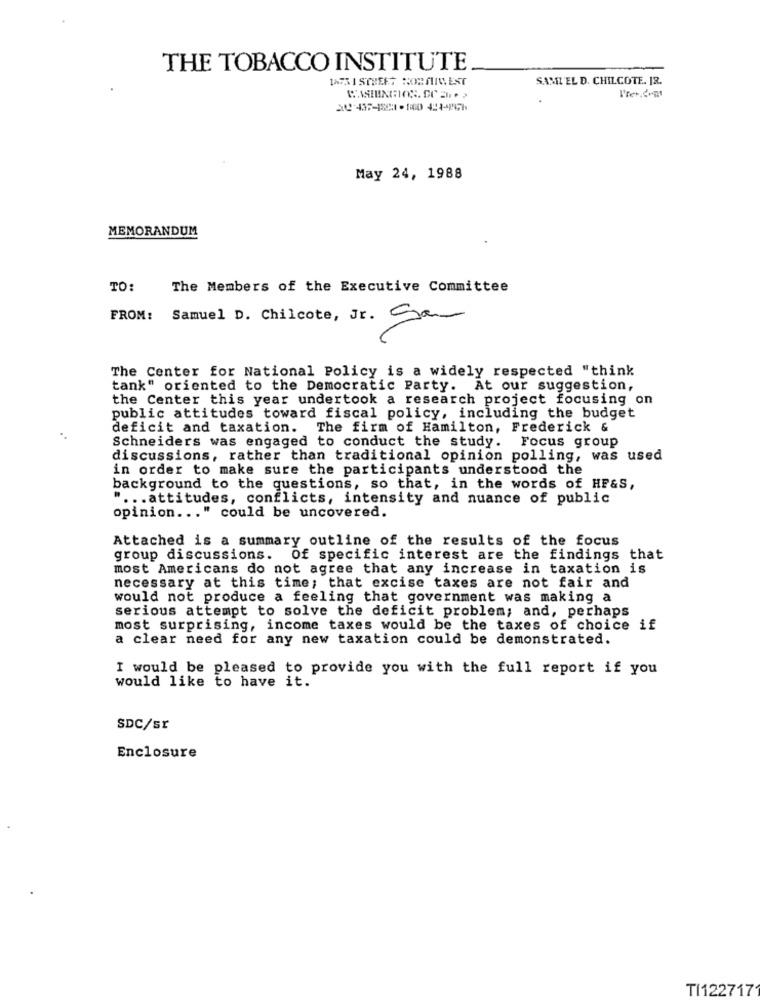
THE TOBACCO INSTITUTE
1275 1 STREET NORMAWEST
SAMI EL D. CHILCOTE. JR.
May 24, 1988
MEMORANDUM
TO:
The Members of the Executive Committee
FROM: Samuel D. Chilcote, Jr. Sa-
The Center for National Policy is a widely respected "think
tank" oriented to the Democratic Party. At our suggestion,
the Center this year undertook a research project focusing on
public attitudes toward fiscal policy, including the budget
deficit and taxation. The firm of Hamilton, Frederick &
Schneiders was engaged to conduct the study. Focus group
discussions, rather than traditional opinion polling, was used
in order to make sure the participants understood the
background to the questions, so that, in the words of HF&S,
" ... attitudes, conflicts, intensity and nuance of public
opinion ... " could be uncovered.
Attached is a summary outline of the results of the focus
group discussions.
Of specific interest are the findings that
most Americans do not agree that any increase in taxation is
necessary at this time; that excise taxes are not fair and
would not produce a feeling that government was making a
serious attempt to solve the deficit problem; and, perhaps
most surprising, income taxes would be the taxes of choice if
a clear need for any new taxation could be demonstrated.
I would be pleased to provide you with the full report if you
would like to have it.
SDC/sr
Enclosure
TI122717